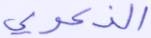
الذكرى